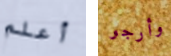
أعلم وأرجو